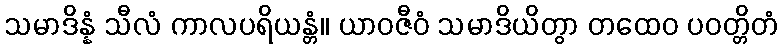
သမာဒိန္နံ သီလံ ကာလပရိယန္တံ။ ယာဝဇီဝံ သမာဒိယိတွာ တထေဝ ပဝတ္တိတံ